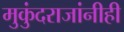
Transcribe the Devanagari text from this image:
मुकुंदराजांनीही